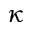
\kappa